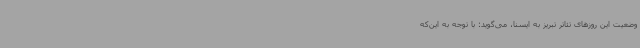
وضعیت این روزهای تئاتر تبریز به ایسنا، می‌گوید: با توجه به این‌که